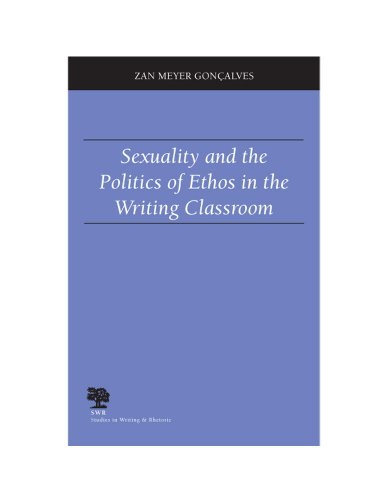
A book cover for Sexuality and the Politics of Ethos in the Writing Classroom (Studies in Writing and Rhetoric); Associate Professor Zan Meyer Goncalves; Gay & Lesbian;